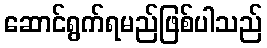
ဆောင်ရွက်ရမည်ဖြစ်ပါသည်